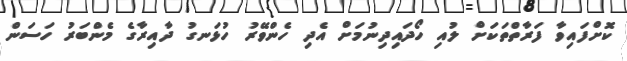
ކޮށްފައިވާ ފަރާތްތަކަށް ލުއި ހޯދައިދިނުމަށް އެދި ހެންވޭރު ހުޅަނގު ދާއިރާގެ މެންބަރު ހަސަން